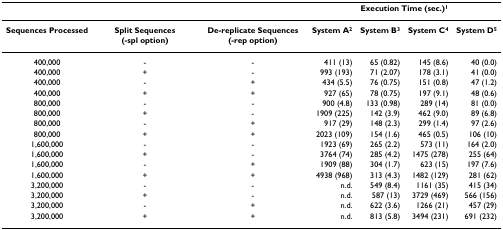
|  |  |  | <COLSPAN=4> Execution Time (sec.)1 |
 | --- | --- | --- | --- | --- | --- | --- |
 | Sequences Processed | Split Sequences (-spl option) | De-replicate Sequences (-rep option) | System A2 | System B3 | System C4 | System D5 |
 | 400,000 | - | - | 411 (13) | 65 (0.82) | 145 (8.6) | 40 (0.0) |
 | 400,000 | + | - | 993 (193) | 71 (2.07) | 178 (3.1) | 41 (0.0) |
 | 400,000 | - | + | 434 (5.5) | 76 (0.75) | 151 (0.8) | 47 (1.2) |
 | 400,000 | + | + | 927 (65) | 78 (0.75) | 197 (9.1) | 48 (0.6) |
 | 800,000 | - | - | 900 (4.8) | 133 (0.98) | 289 (14) | 81 (0.0) |
 | 800,000 | + | - | 1909 (225) | 142 (3.9) | 462 (9.0) | 89 (6.8) |
 | 800,000 | - | + | 917 (29) | 148 (2.3) | 299 (1.4) | 97 (2.6) |
 | 800,000 | + | + | 2023 (109) | 154 (1.6) | 465 (0.5) | 106 (10) |
 | 1,600,000 | - | - | 1923 (69) | 265 (2.2) | 573 (11) | 164 (2.0) |
 | 1,600,000 | + | - | 3764 (74) | 285 (4.2) | 1475 (278) | 255 (64) |
 | 1,600,000 | - | + | 1909 (88) | 304 (1.7) | 623 (15) | 197 (7.6) |
 | 1,600,000 | + | + | 4938 (968) | 313 (4.3) | 1482 (129) | 281 (62) |
 | 3,200,000 | - | - | n.d. | 549 (8.4) | 1161 (35) | 415 (34) |
 | 3,200,000 | + | - | n.d. | 587 (13) | 3729 (469) | 566 (156) |
 | 3,200,000 | - | + | n.d. | 622 (3.6) | 1266 (21) | 457 (29) |
 | 3,200,000 | + | + | n.d. | 813 (5.8) | 3494 (231) | 691 (232) |